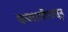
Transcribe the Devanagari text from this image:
कव्वालीपासून